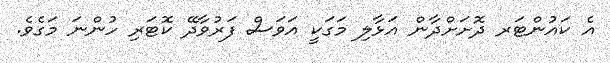
އެ ކައުންޓަރ ދޮށަށްދާން އަޅާލި މަގަކީ އަވަސް ފަރުވާދޭ ކޮޓަރި ހުންނަ މަގެވެ.